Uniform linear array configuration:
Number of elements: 48
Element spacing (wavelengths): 0.75
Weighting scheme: hann
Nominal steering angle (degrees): -30
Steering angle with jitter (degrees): -30.213
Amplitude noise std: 0.05
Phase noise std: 0.05

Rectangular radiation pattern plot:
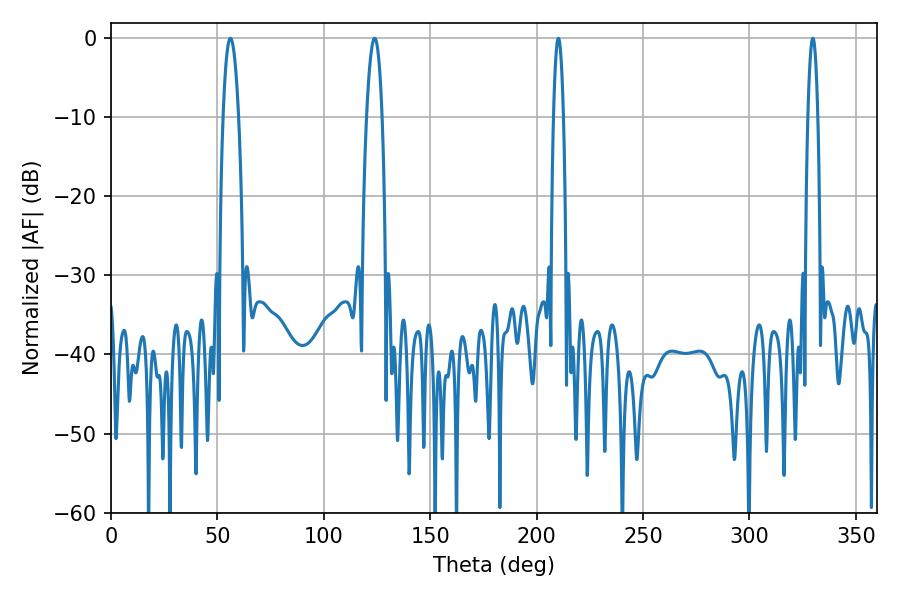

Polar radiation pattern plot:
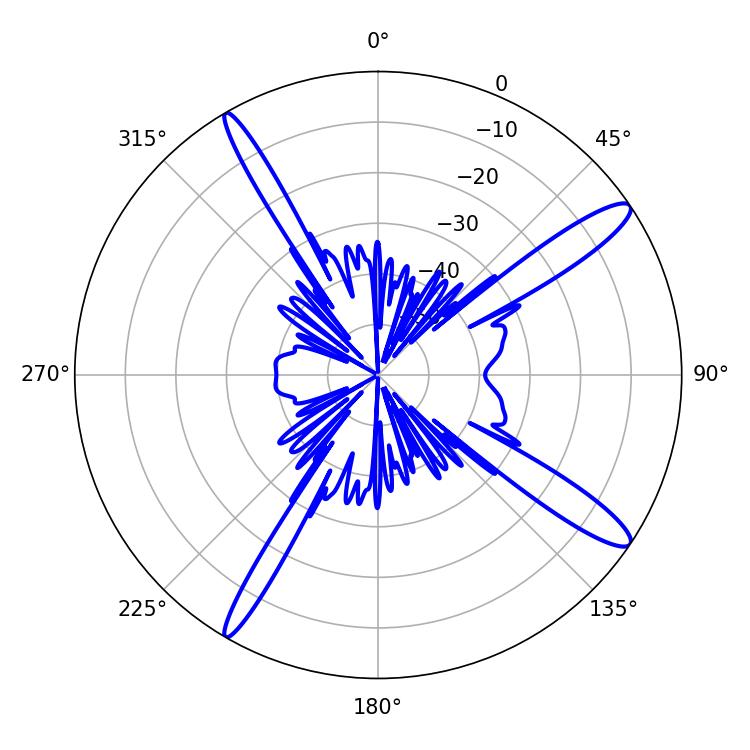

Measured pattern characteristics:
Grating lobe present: TRUE
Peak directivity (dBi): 14.119
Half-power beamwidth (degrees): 2.52
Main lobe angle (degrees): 210.24